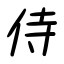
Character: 侍